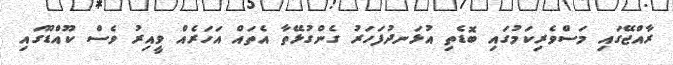
ރާއްޖޭގައި މަސްވެރިކަމުގައި ބޮޑެތި އުޅަނދުފަހަރު ގެންގުޅޭތާ އެތައް އަހަރެއް ވީއިރު ވެސް ކޫއްޑޫގައި